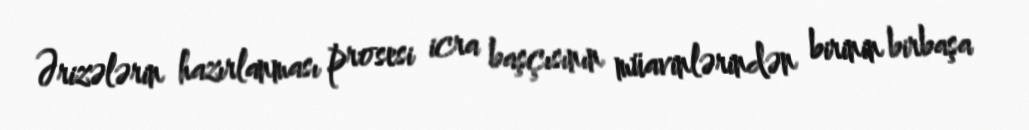
Ərizələrin hazırlanması prosesi icra başçısının müavinlərindən birinin birbaşa